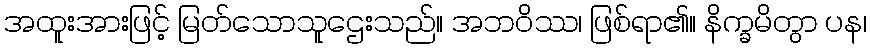
အထူးအားဖြင့် မြတ်သောသူဌေးသည်။ အဘဝိဿ၊ ဖြစ်ရာ၏။ နိက္ခမိတွာ ပန၊